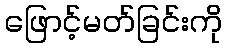
ဖြောင့်မတ်ခြင်းကို